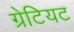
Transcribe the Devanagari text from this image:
ग्रेटियट